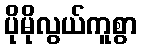
ပိုမိုလွယ်ကူစွာ